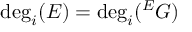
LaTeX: \deg _ { i } ( E ) = \deg _ { i } ( { } ^ { E } G )